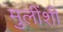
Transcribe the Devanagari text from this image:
मुलींशी